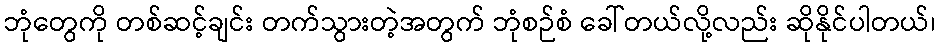
ဘုံတွေကို တစ်ဆင့်ချင်း တက်သွားတဲ့အတွက် ဘုံစဉ်စံ ခေါ်တယ်လို့လည်း ဆိုနိုင်ပါတယ်၊